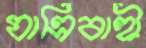
যাত্রিবাহী